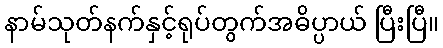
နာမ်သုတ်နက်နှင့်ရုပ်တွက်အဓိပ္ပာယ် ပြီးပြီ။